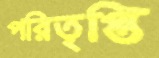
পরিতৃপ্তি